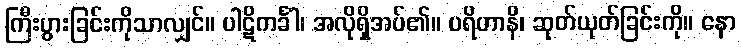
ကြီးပွားခြင်းကိုသာလျှင်။ ပါဋိကင်္ခါ၊ အလိုရှိအပ်၏။ ပရိဟာနိ၊ ဆုတ်ယုတ်ခြင်းကို။ နော